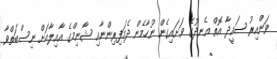
ވަންއިރު ޞައީދާ އޮތް އެނދުގެ ވަށައިގެން ނުހާމެން ދެމަފިރިންނާއި ޝާނިމްގެ އާއިލާއަށް ނިސްބަތްވާ